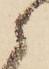
候